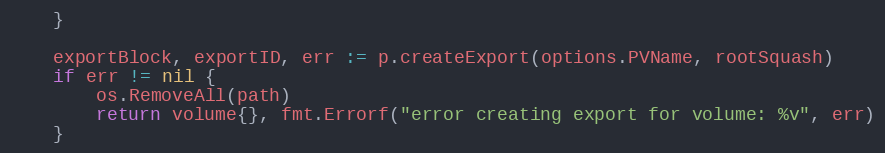
Language: Go
	}

	exportBlock, exportID, err := p.createExport(options.PVName, rootSquash)
	if err != nil {
		os.RemoveAll(path)
		return volume{}, fmt.Errorf("error creating export for volume: %v", err)
	}